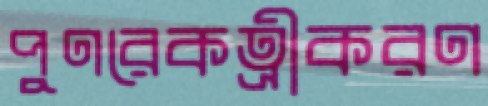
পুণরেকত্রীকরণ